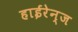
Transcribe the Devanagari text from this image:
हाईरेन्ज